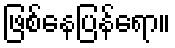
ဖြစ်နေပြန်ရော။